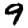
Digit: 9